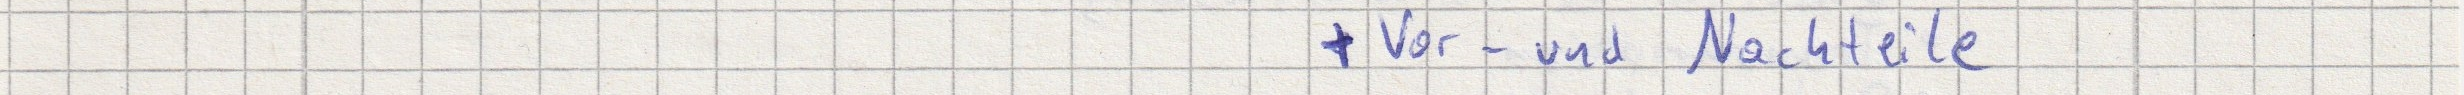
+ Vor- und Nachteile